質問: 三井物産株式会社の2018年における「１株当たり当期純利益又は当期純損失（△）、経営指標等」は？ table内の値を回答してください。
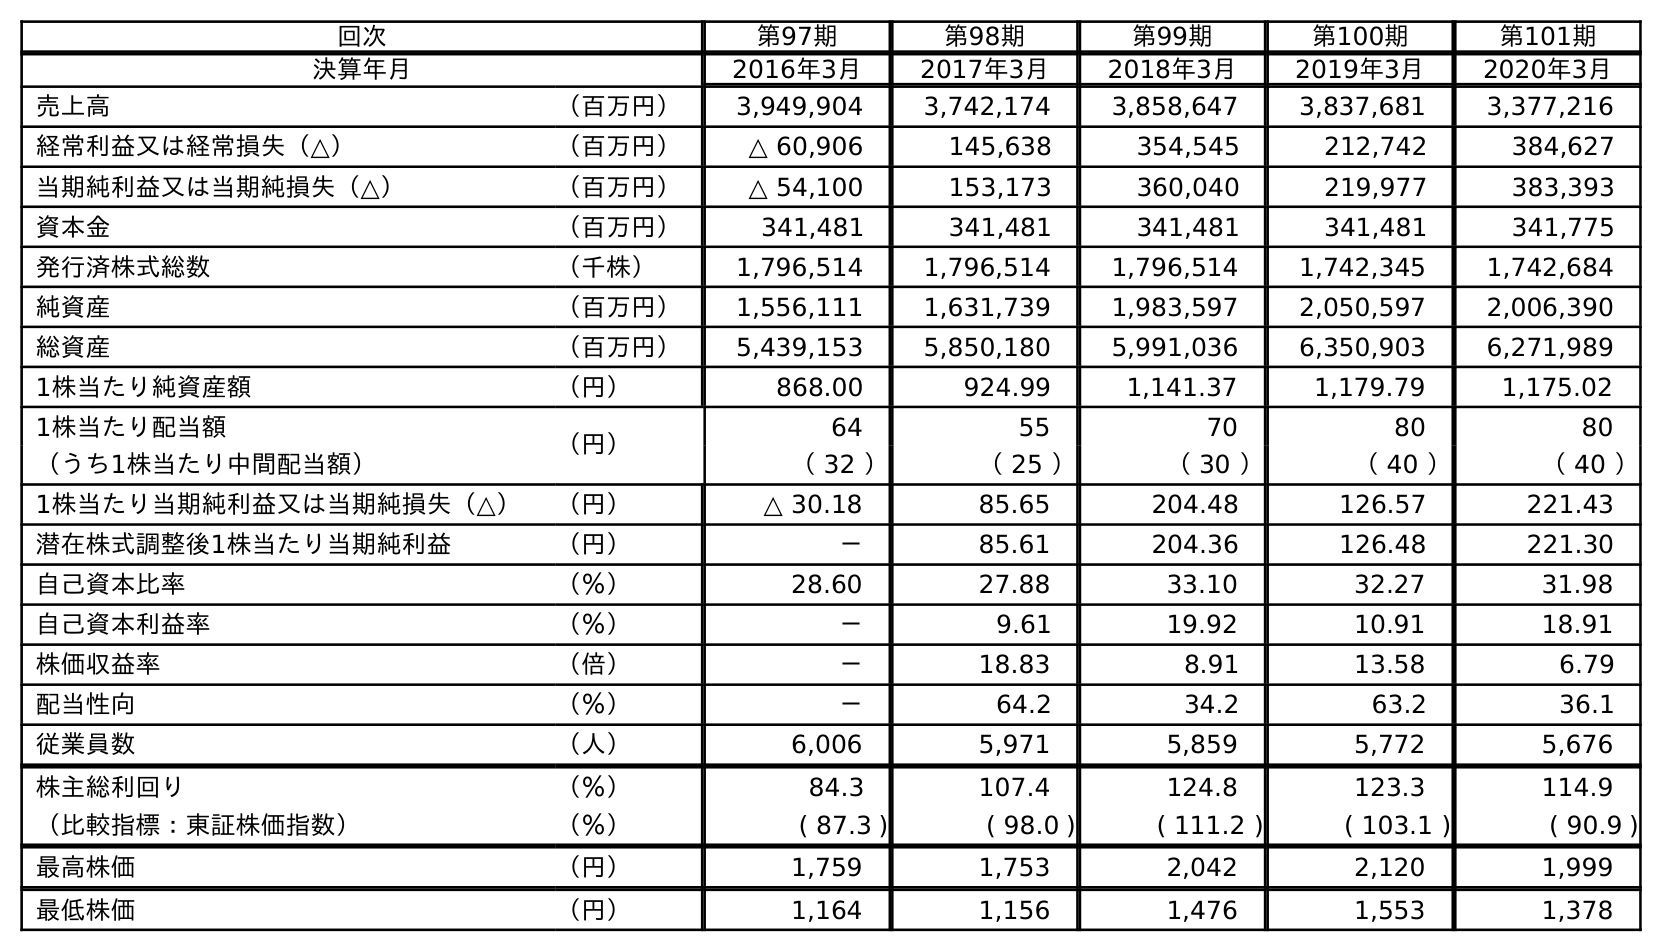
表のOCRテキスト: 回次 第97期 第98期 第99期 第100期 第101期 決算年月 2016年3月 2017年3月 2018年3月 2019年3月 2020年3月 売上高 （百万円） 3,949,904 3,742,174 3,858,647 3,837,681 3,377,216 経常利益又は経常損失（△） （百万円） △ 60,906 145,638 354,545 212,742 384,627 当期純利益又は当期純損失（△） （百万円） △ 54,100 153,173 360,040 219,977 383,393 資本金 （百万円） 341,481 341,481 341,481 341,481 341,775 発行済株式総数 （千株） 1,796,514 1,796,514 1,796,514 1,742,345 1,742,684 純資産 （百万円） 1,556,111 1,631,739 1,983,597 2,050,597 2,006,390 総資産 （百万円） 5,439,153 5,850,180 5,991,036 6,350,903 6,271,989 1株当たり純資産額 （円） 868.00 924.99 1,141.37 1,179.79 1,175.02 1株当たり配当額 （円） 64 55 70 80 80 （うち1株当たり中間配当額） （ 32 ） （ 25 ） （ 30 ） （ 40 ） （ 40 ） 1株当たり当期純利益又は当期純損失（△） （円） △ 30.18 85.65 204.48 126.57 221.43 潜在株式調整後1株当たり当期純利益 （円） － 85.61 204.36 126.48 221.30 自己資本比率 （％） 28.60 27.88 33.10 32.27 31.98 自己資本利益率 （％） － 9.61 19.92 10.91 18.91 株価収益率 （倍） － 18.83 8.91 13.58 6.79 配当性向 （％） － 64.2 34.2 63.2 36.1 従業員数 （人） 6,006 5,971 5,859 5,772 5,676 株主総利回り （％） 84.3 107.4 124.8 123.3 114.9 （比較指標：東証株価指数） （％） ( 87.3 ) ( 98.0 ) ( 111.2 ) ( 103.1 ) ( 90.9 ) 最高株価 （円） 1,759 1,753 2,042 2,120 1,999 最低株価 （円） 1,164 1,156 1,476 1,553 1,378
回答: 204.48